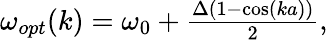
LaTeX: \begin{array}{r}{\omega_{opt}(k)=\omega_{0}+\frac{\Delta(1-\cos(ka))}{2},}\end{array}